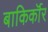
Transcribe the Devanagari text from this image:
बाकिर्कॉर